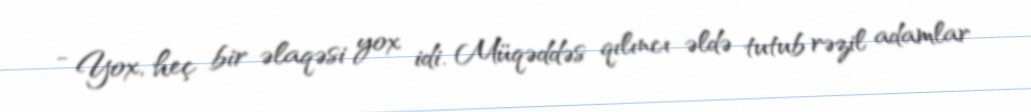
- Yox, heç bir əlaqəsi yox idi. Müqəddəs qılıncı əldə tutub rəzil adamlar